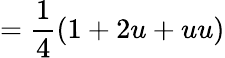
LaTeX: ={\frac{1}{4}}(1+2u+uu)